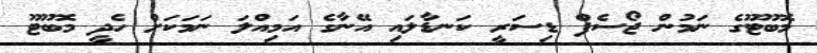
މޮބޫޓޫގެ ނަމުން ޖޯސެފް ޑިސަރީ ކަނޑާލައި އޭނާގެ އަމިއްލަ ނަމަކަށް ހެދީ މޮބޫޓޫ